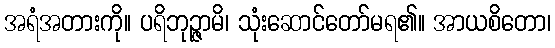
အရံအတားကို။ ပရိဘုဉ္ဇာမိ၊ သုံးဆောင်တော်မရ၏။ အာယစိတော၊